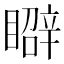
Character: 𥋑